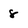
Character: 8